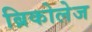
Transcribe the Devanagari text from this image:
ब्रिकोलेज